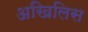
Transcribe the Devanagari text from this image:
अखिलिस